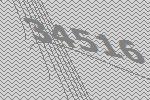
34516